65_HS1-834228961_62-HQ-83894_Section_5
Agency: FBI
Page 132
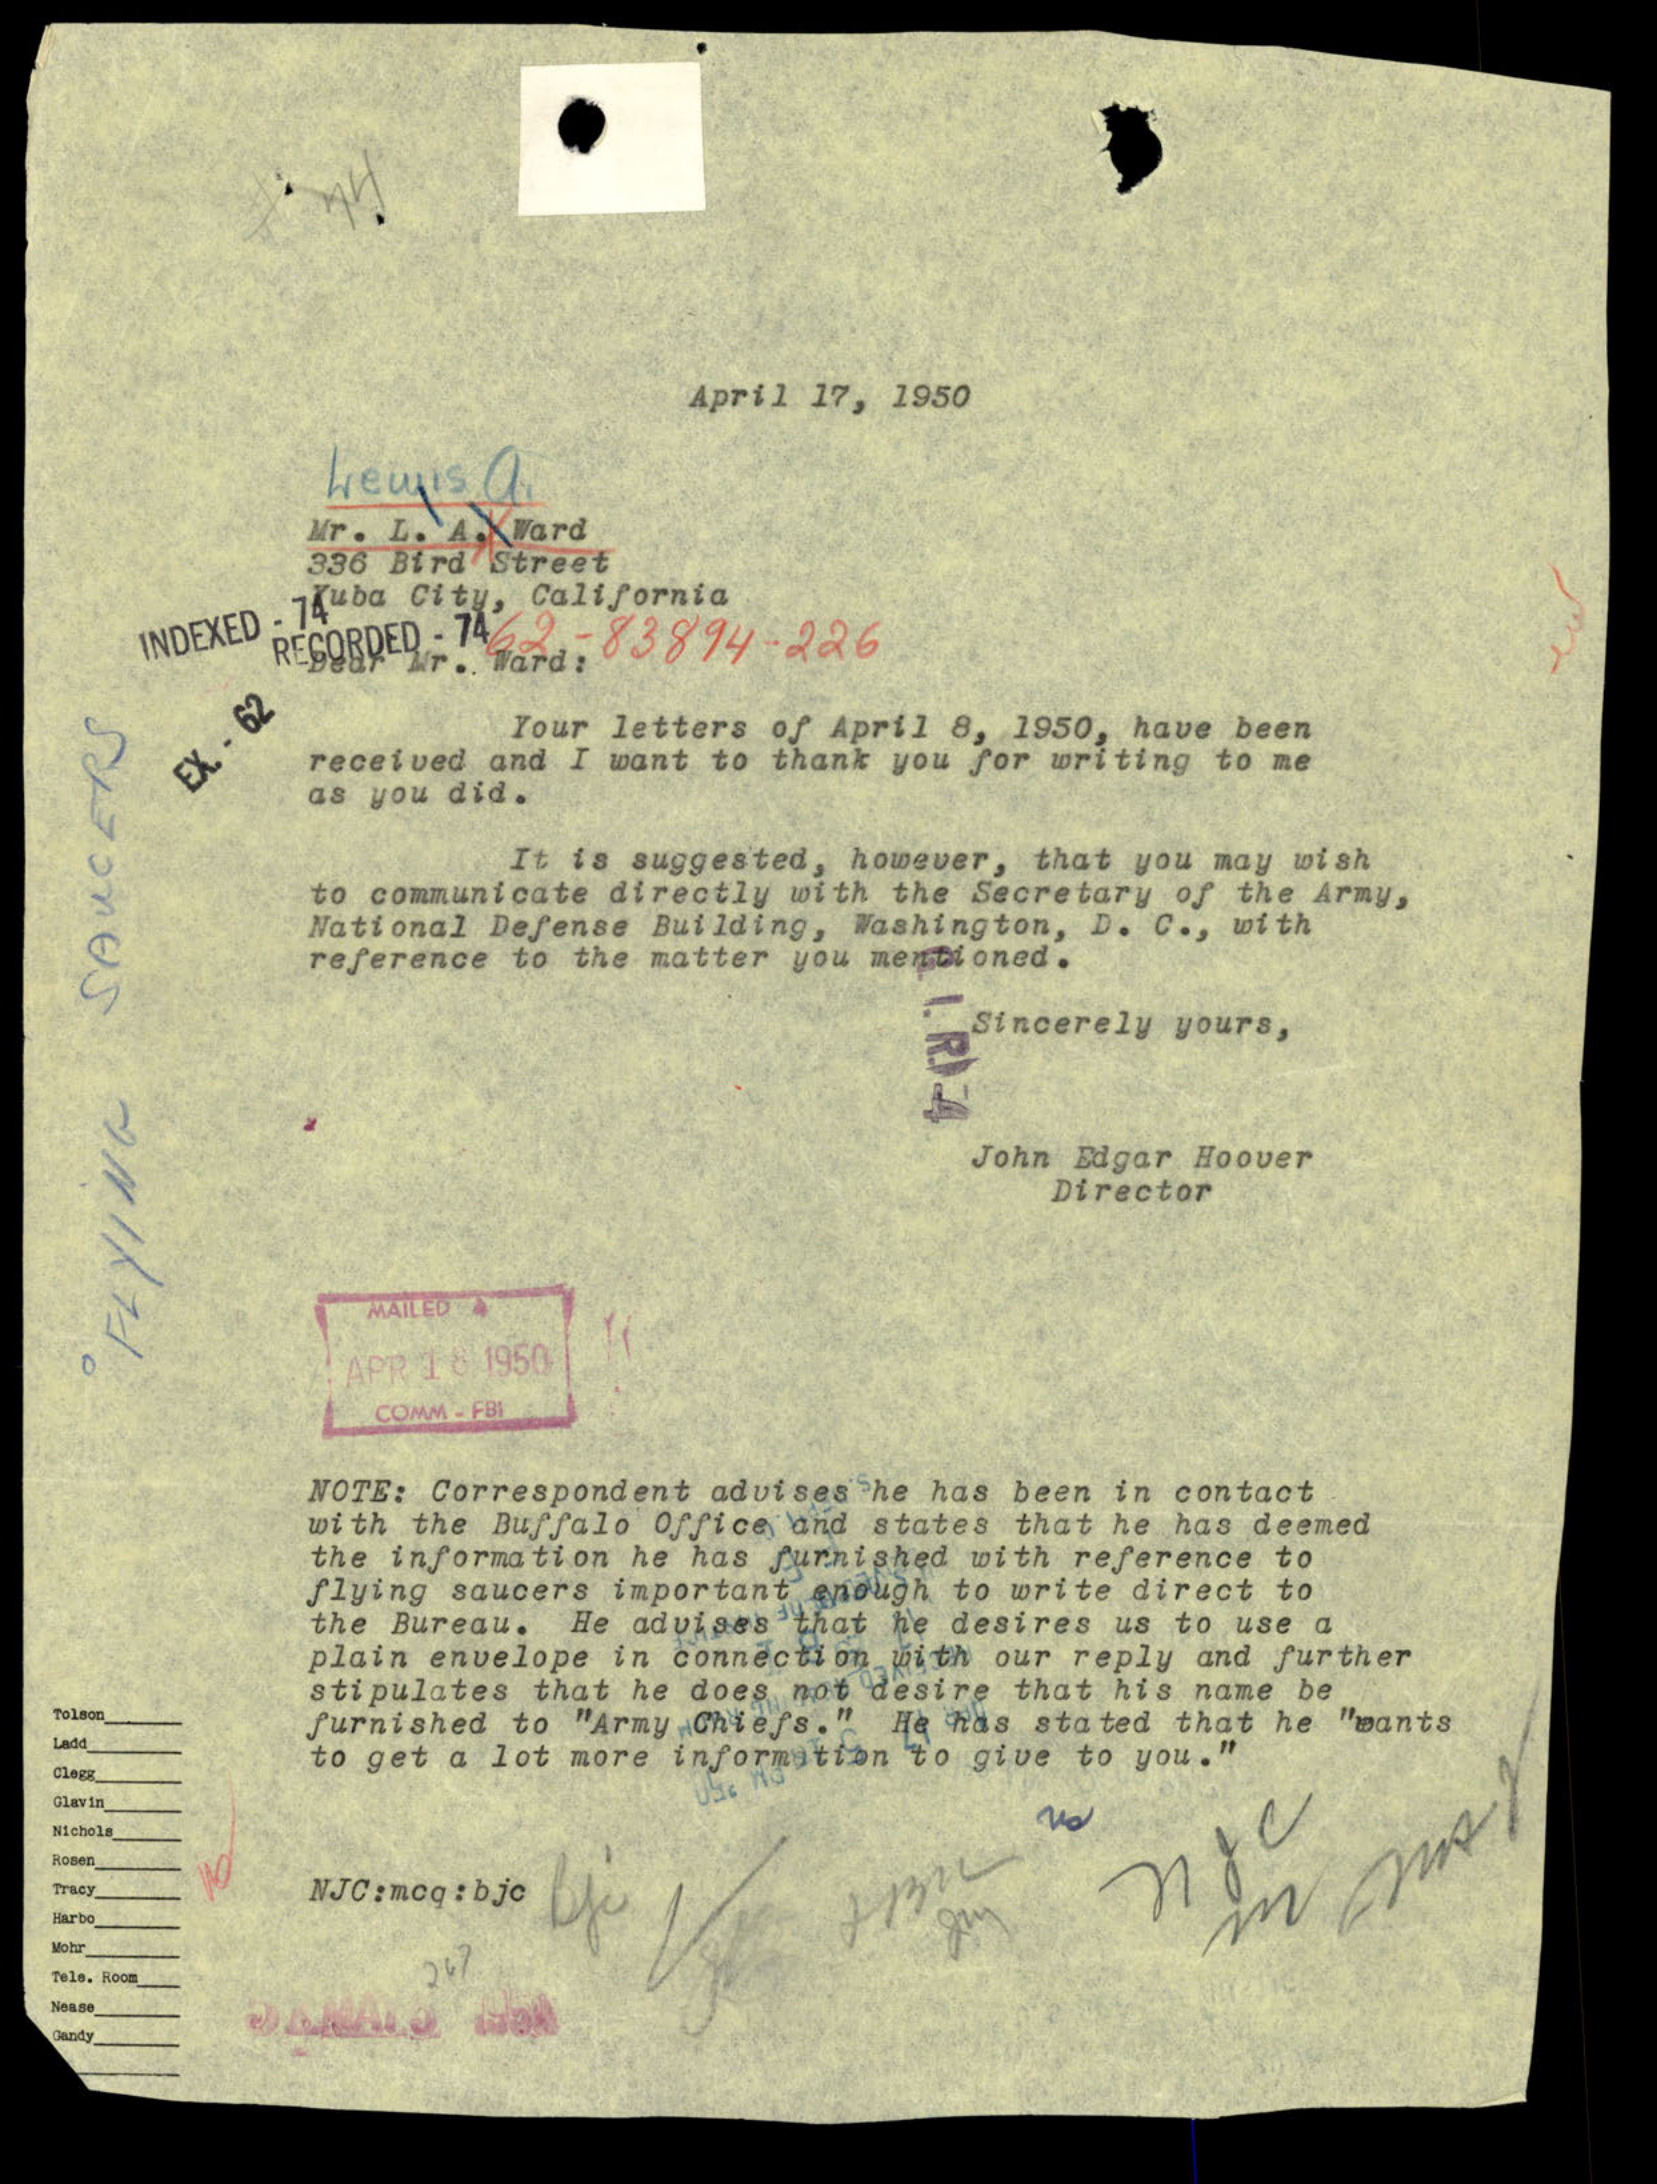